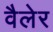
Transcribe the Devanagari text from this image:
वैलेर